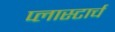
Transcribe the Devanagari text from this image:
प्लास्टार्च